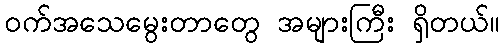
၀က်အသေမွေးတာတွေ အများကြီး ရှိတယ်။